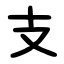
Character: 支